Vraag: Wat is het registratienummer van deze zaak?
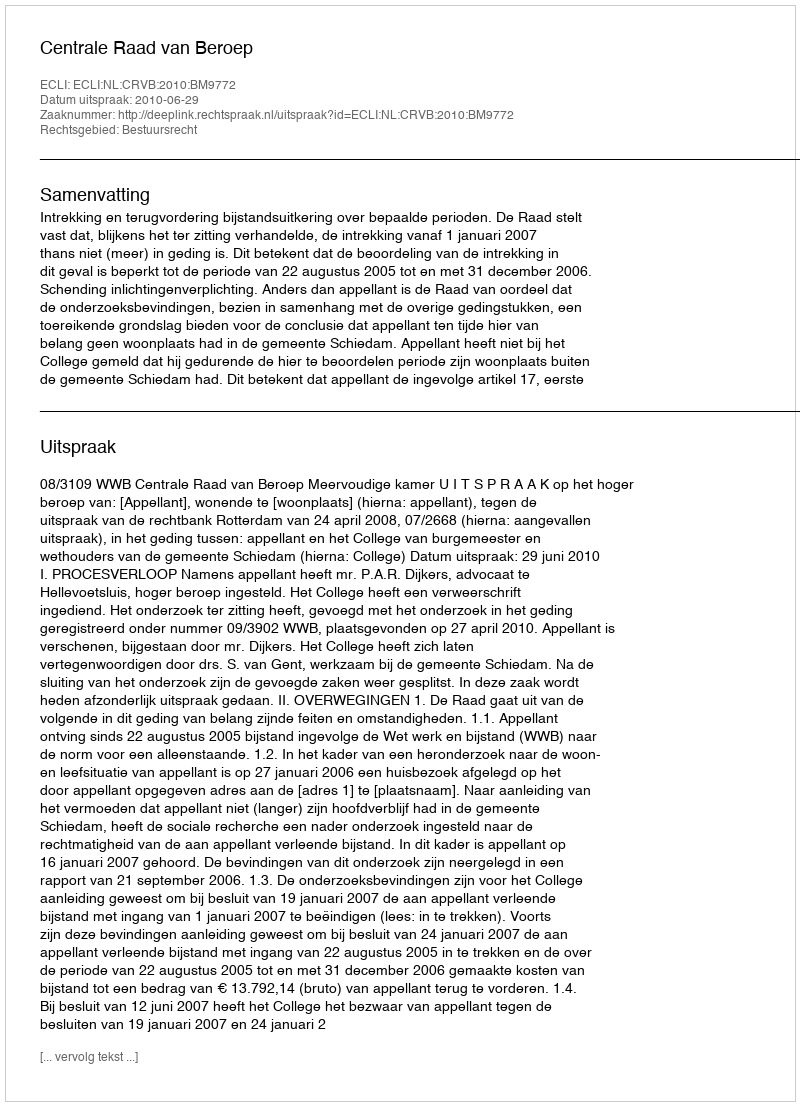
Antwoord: http://deeplink.rechtspraak.nl/uitspraak?id=ECLI:NL:CRVB:2010:BM9772